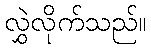
လွှဲလိုက်သည်။